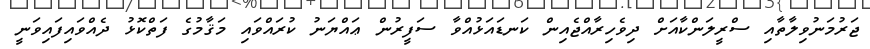
ޖަރުމަނުވިލާތާއި ސްރީލަންކާއަށް ދިވެހިރާއްޖެއިން ކަނޑައަޅުއްވާ ސަފީރުން ޢައްޔަނު ކުރައްވައި މަޤާމުގެ ފަތްކޮޅު ދެއްވައިފައިވަނީ